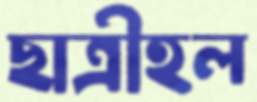
ছাত্রীহল